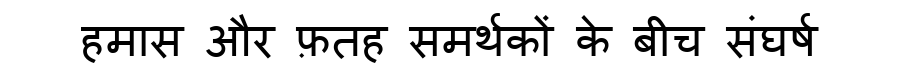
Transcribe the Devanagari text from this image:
हमास और फ़तह समर्थकों के बीच संघर्ष